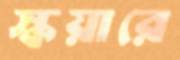
স্কয়ারে